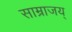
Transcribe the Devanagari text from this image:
साम्राजय्